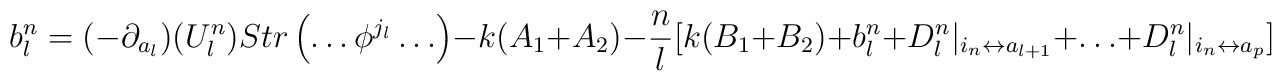
b^n_l=(-\partial_{ a_l})(U^n_l)Str\left(\ldots \phi^{j_l}\ldots \right)-k(A_1+A_2)-\frac{n}{l}[ k(B_1+B_2)+b^n_l+D^n_l|_{i_n\leftrightarrow a_{l+1}}+\ldots +D^n_l|_{i_n\leftrightarrow a_p}]